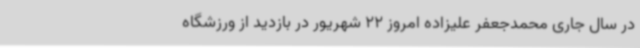
در سال جاری محمدجعفر علیزاده امروز 22 شهریور در بازدید از ورزشگاه